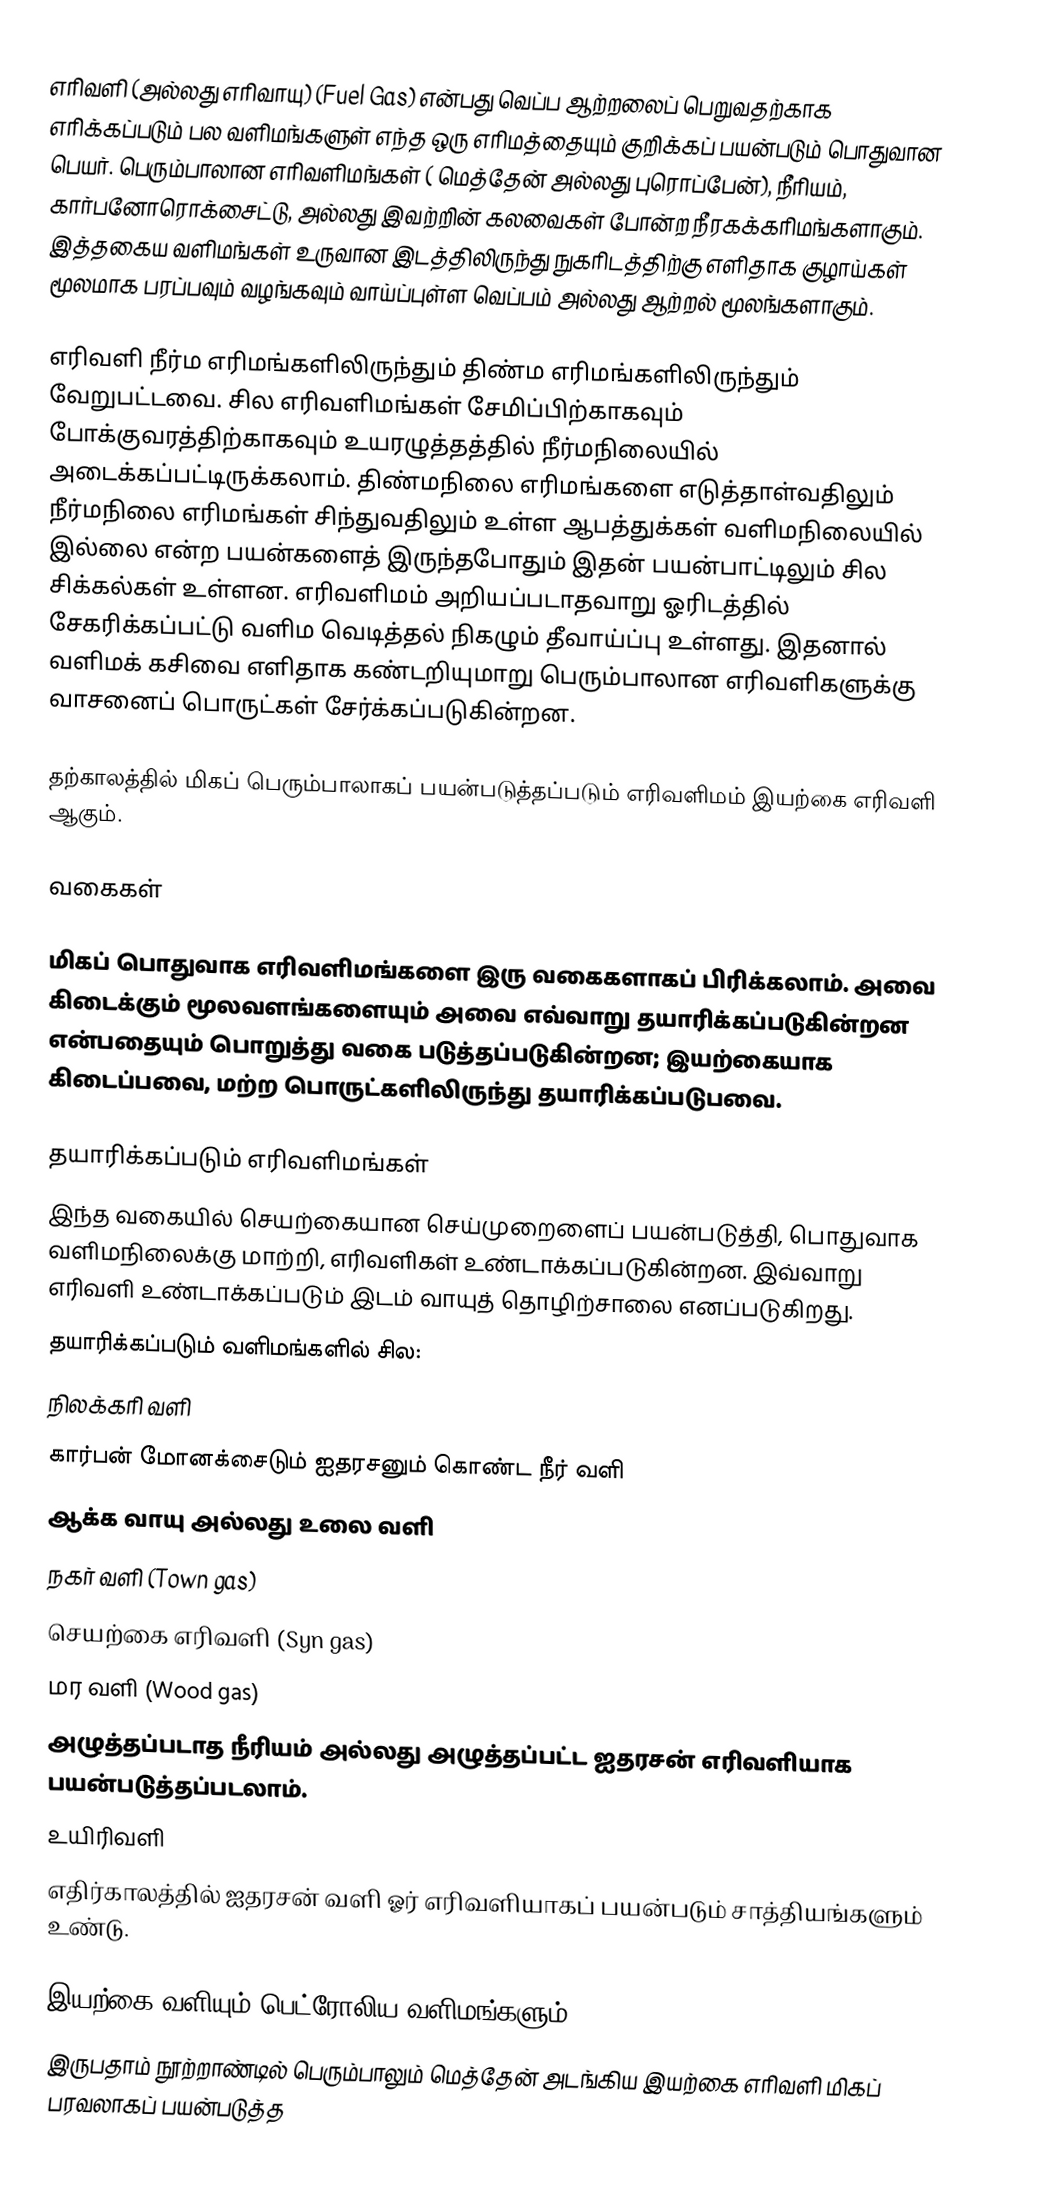
எரிவளி (அல்லது எரிவாயு) (Fuel Gas) என்பது வெப்ப ஆற்றலைப் பெறுவதற்காக எரிக்கப்படும் பல வளிமங்களுள் எந்த ஒரு எரிமத்தையும் குறிக்கப் பயன்படும் பொதுவான பெயர். பெரும்பாலான எரிவளிமங்கள்  ( மெத்தேன் அல்லது புரொப்பேன்), நீரியம், கார்பனோரொக்சைட்டு, அல்லது இவற்றின் கலவைகள் போன்ற நீரகக்கரிமங்களாகும். இத்தகைய வளிமங்கள் உருவான இடத்திலிருந்து நுகரிடத்திற்கு எளிதாக குழாய்கள் மூலமாக பரப்பவும் வழங்கவும் வாய்ப்புள்ள   வெப்பம் அல்லது ஆற்றல் மூலங்களாகும்.

எரிவளி நீர்ம எரிமங்களிலிருந்தும் திண்ம எரிமங்களிலிருந்தும் வேறுபட்டவை. சில எரிவளிமங்கள்  சேமிப்பிற்காகவும் போக்குவரத்திற்காகவும் உயரழுத்தத்தில் நீர்மநிலையில் அடைக்கப்பட்டிருக்கலாம். திண்மநிலை எரிமங்களை எடுத்தாள்வதிலும் நீர்மநிலை எரிமங்கள் சிந்துவதிலும் உள்ள ஆபத்துக்கள் வளிமநிலையில் இல்லை என்ற பயன்களைத் இருந்தபோதும்  இதன் பயன்பாட்டிலும் சில சிக்கல்கள் உள்ளன.  எரிவளிமம் அறியப்படாதவாறு ஓரிடத்தில் சேகரிக்கப்பட்டு வளிம வெடித்தல் நிகழும் தீவாய்ப்பு உள்ளது. இதனால் வளிமக் கசிவை எளிதாக கண்டறியுமாறு பெரும்பாலான எரிவளிகளுக்கு வாசனைப் பொருட்கள் சேர்க்கப்படுகின்றன.

தற்காலத்தில் மிகப் பெரும்பாலாகப் பயன்படுத்தப்படும் எரிவளிமம்  இயற்கை எரிவளி ஆகும்.

வகைகள்

மிகப் பொதுவாக எரிவளிமங்களை இரு வகைகளாகப் பிரிக்கலாம். அவை கிடைக்கும் மூலவளங்களையும் அவை எவ்வாறு தயாரிக்கப்படுகின்றன என்பதையும் பொறுத்து வகை படுத்தப்படுகின்றன; இயற்கையாக கிடைப்பவை, மற்ற பொருட்களிலிருந்து தயாரிக்கப்படுபவை.

தயாரிக்கப்படும் எரிவளிமங்கள்
இந்த வகையில் செயற்கையான செய்முறைளைப் பயன்படுத்தி, பொதுவாக வளிமநிலைக்கு மாற்றி, எரிவளிகள் உண்டாக்கப்படுகின்றன. இவ்வாறு எரிவளி உண்டாக்கப்படும் இடம்  வாயுத் தொழிற்சாலை எனப்படுகிறது.
தயாரிக்கப்படும் வளிமங்களில் சில:
 நிலக்கரி வளி
 கார்பன் மோனக்சைடும் ஐதரசனும் கொண்ட நீர் வளி
 ஆக்க வாயு அல்லது உலை வளி
 நகர் வளி (Town gas)
 செயற்கை எரிவளி (Syn gas)
 மர வளி (Wood gas)
 அழுத்தப்படாத நீரியம் அல்லது அழுத்தப்பட்ட ஐதரசன் எரிவளியாக பயன்படுத்தப்படலாம்.
 உயிரிவளி
எதிர்காலத்தில் ஐதரசன் வளி ஓர் எரிவளியாகப் பயன்படும் சாத்தியங்களும் உண்டு.

இயற்கை வளியும் பெட்ரோலிய வளிமங்களும்
இருபதாம் நூற்றாண்டில் பெரும்பாலும் மெத்தேன் அடங்கிய இயற்கை எரிவளி மிகப் பரவலாகப் பயன்படுத்த